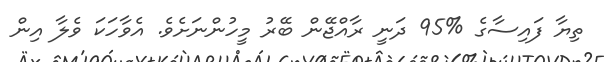
ތިޔާ ފައިސާގެ %95 ދަނީ ރާއްޖޭން ބޭރު މީހުންނަށެވެ. އެވާހަކަ ވެލާ އިން